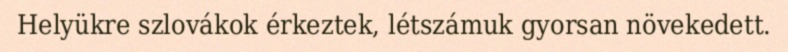
Helyükre szlovákok érkeztek, létszámuk gyorsan növekedett.